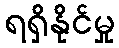
ရရှိနိုင်မှု